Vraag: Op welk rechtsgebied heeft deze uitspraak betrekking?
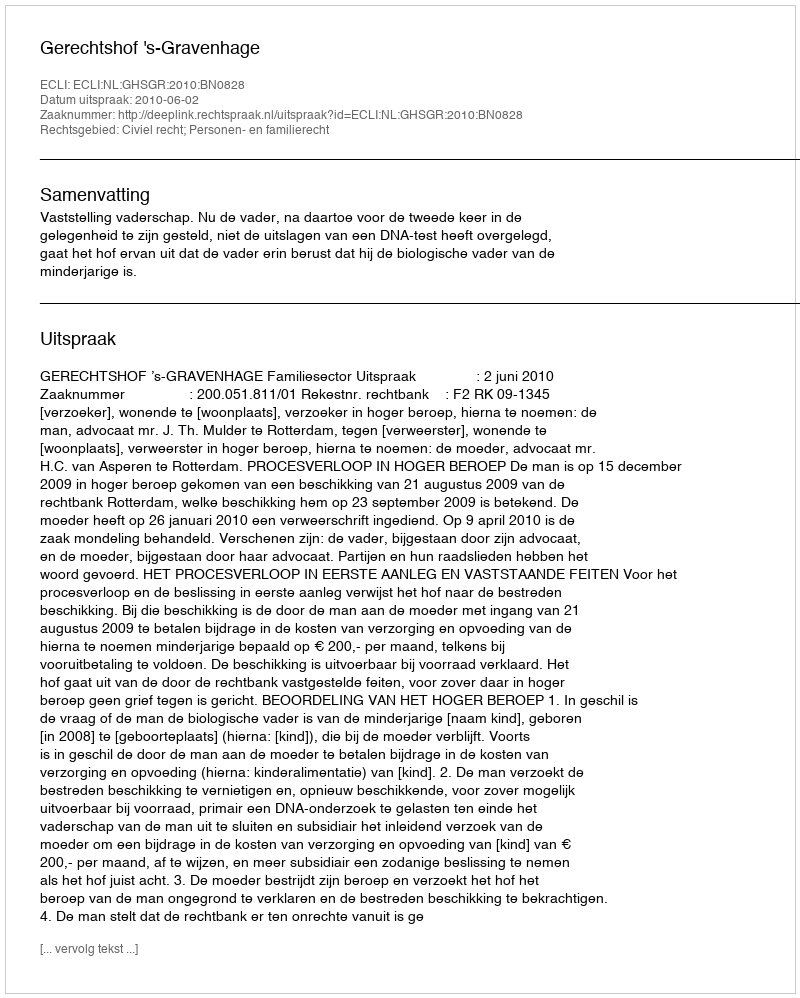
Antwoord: Civiel recht; Personen- en familierecht